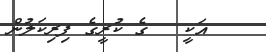
އަކީ   ގެ ކުރީގެ ފިރިކަލުން